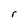
Character: r